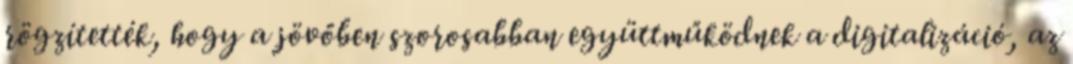
rögzítették, hogy a jövőben szorosabban együttműködnek a digitalizáció, az